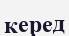
керед